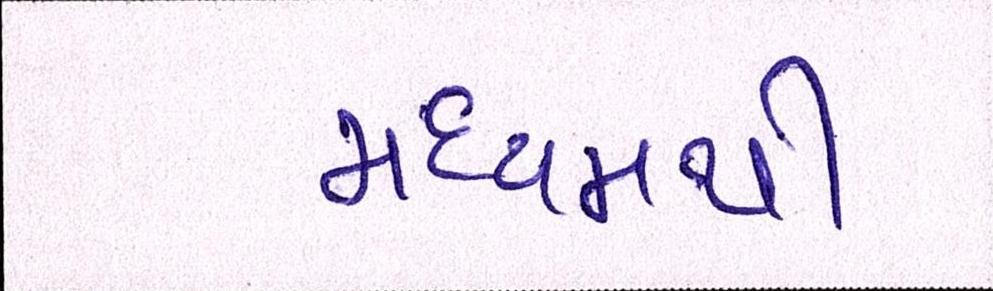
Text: મધ્યમથી